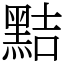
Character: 黠